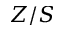
Z / S